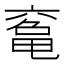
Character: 𠅾